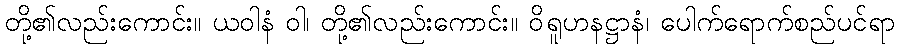
တို့၏လည်းကောင်း။ ယဝါနံ ဝါ၊ တို့၏လည်းကောင်း။ ဝိရူဟနဋ္ဌာနံ၊ ပေါက်ရောက်စည်ပင်ရာ